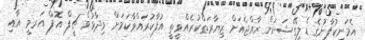
އެމަނިކުފާނުގެ ޑެލިގޭޝަނުން ރާއްޖެއަށް ޒިޔާރަތްކުރެއްވީތީ އުފާކުރައްވާކަމަށް ވިދާޅުވެ ޗީފް އޮފް އަރމީ އާއި